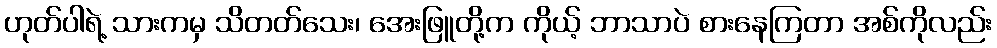
ဟုတ်ပါရဲ့ သားကမှ သိတတ်သေး၊ အေးဖြူတို့က ကိုယ့် ဘာသာပဲ စားနေကြတာ အစ်ကိုလည်း